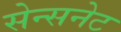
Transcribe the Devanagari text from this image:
सेन्सनेट